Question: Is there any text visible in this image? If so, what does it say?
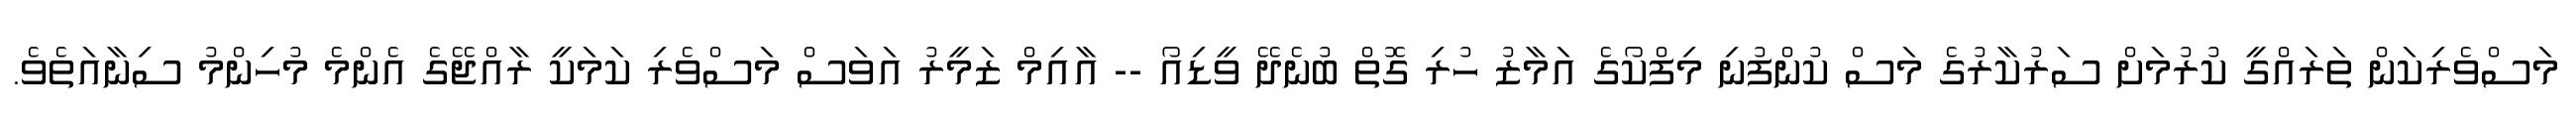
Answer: މަސްވެރިކަން ތަރައްގީ ކުރުމަށް ސަރުކާރުގެ މަސް ކުންފުނި މިފްކޯގެ އަމާޒު ހުރި ގޮތް ބުނެދޭ ވީޑިއޯ -- އާއިމް ޒަމީރު އަވަސް މަސްވެރި ކަމަކީ ރާއްޖޭގެ އެންމެ މުހިންމު ސިނާއަތެވެ.